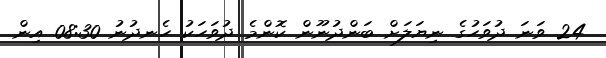
24 ވަނަ ދުވަހުގެ ނިޔަލަށް ބަންދުނޫން ކޮންމެ ދުވަހަކު ހެނދުނު 08:30 އިން